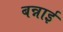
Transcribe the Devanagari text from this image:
बन्नाई